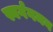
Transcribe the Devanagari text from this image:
स्वर्गगमन